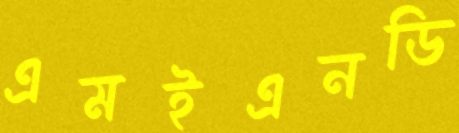
এমইএনডি